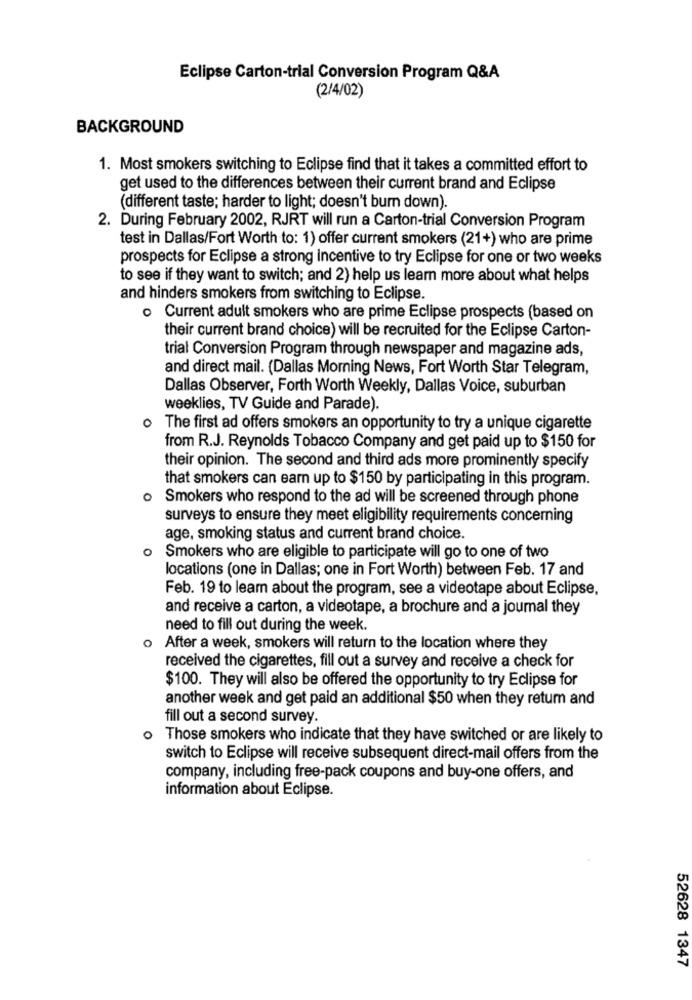
Eclipse Carton-trial Conversion Program Q&A
(2/4/02)
BACKGROUND
1. Most smokers switching to Eclipse find that it takes a committed effort to
get used to the differences between their current brand and Eclipse
(different taste; harder to light; doesn't burn down).
2. During February 2002, RJRT will run a Carton-trial Conversion Program
test in Dallas/Fort Worth to: 1) offer current smokers (21+) who are prime
prospects for Eclipse a strong Incentive to try Eclipse for one or two weeks
to see if they want to switch; and 2) help us learn more about what helps
and hinders smokers from switching to Eclipse.
o Current adult smokers who are prime Eclipse prospects (based on
their current brand choice) will be recruited for the Eclipse Carton-
trial Conversion Program through newspaper and magazine ads,
and direct mail. (Dallas Morning News, Fort Worth Star Telegram,
Dallas Observer, Forth Worth Weekly, Dallas Voice, suburban
weeklies, TV Guide and Parade).
0
The first ad offers smokers an opportunity to try a unique cigarette
from R.J. Reynolds Tobacco Company and get paid up to $150 for
their opinion. The second and third ads more prominently specify
that smokers can earn up to $150 by participating in this program.
Smokers who respond to the ad will be screened through phone
surveys to ensure they meet eligibility requirements concerning
age, smoking status and current brand choice.
O
Smokers who are eligible to participate will go to one of two
locations (one in Dallas; one in Fort Worth) between Feb. 17 and
Feb. 19 to learn about the program, see a videotape about Eclipse,
and receive a carton, a videotape, a brochure and a joumal they
need to fill out during the week.
After a week, smokers will return to the location where they
received the cigarettes, fill out a survey and receive a check for
$100. They will also be offered the opportunity to try Eclipse for
another week and get paid an additional $50 when they retum and
fill out a second survey.
o Those smokers who indicate that they have switched or are likely to
switch to Eclipse will receive subsequent direct-mail offers from the
company, including free-pack coupons and buy-one offers, and
information about Eclipse.
52628 1347